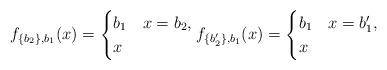
LaTeX: \begin{align*}f_{\{b_2\},b_1}(x)=\begin{cases}b_1 & x=b_2,\\x & \end{cases}f_{\{b_2'\},b_1}(x)=\begin{cases}b_1 & x=b_1',\\x & \end{cases}\end{align*}